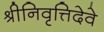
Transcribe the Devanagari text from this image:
श्रीनिवृत्तिदेवे